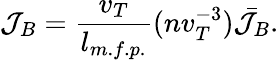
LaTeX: {\mathcal{J}_{B}}=\frac{v_{T}}{l_{m.f.p.}}(nv_{T}^{-3})\bar{\mathcal{J}_{B}}.